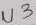
Text: U3